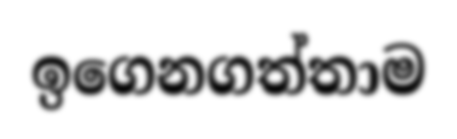
ඉගෙනගත්තාම